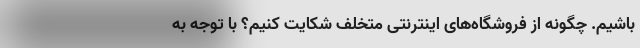
باشیم. چگونه از فروشگاه‌های اینترنتی متخلف شکایت کنیم؟ با توجه به